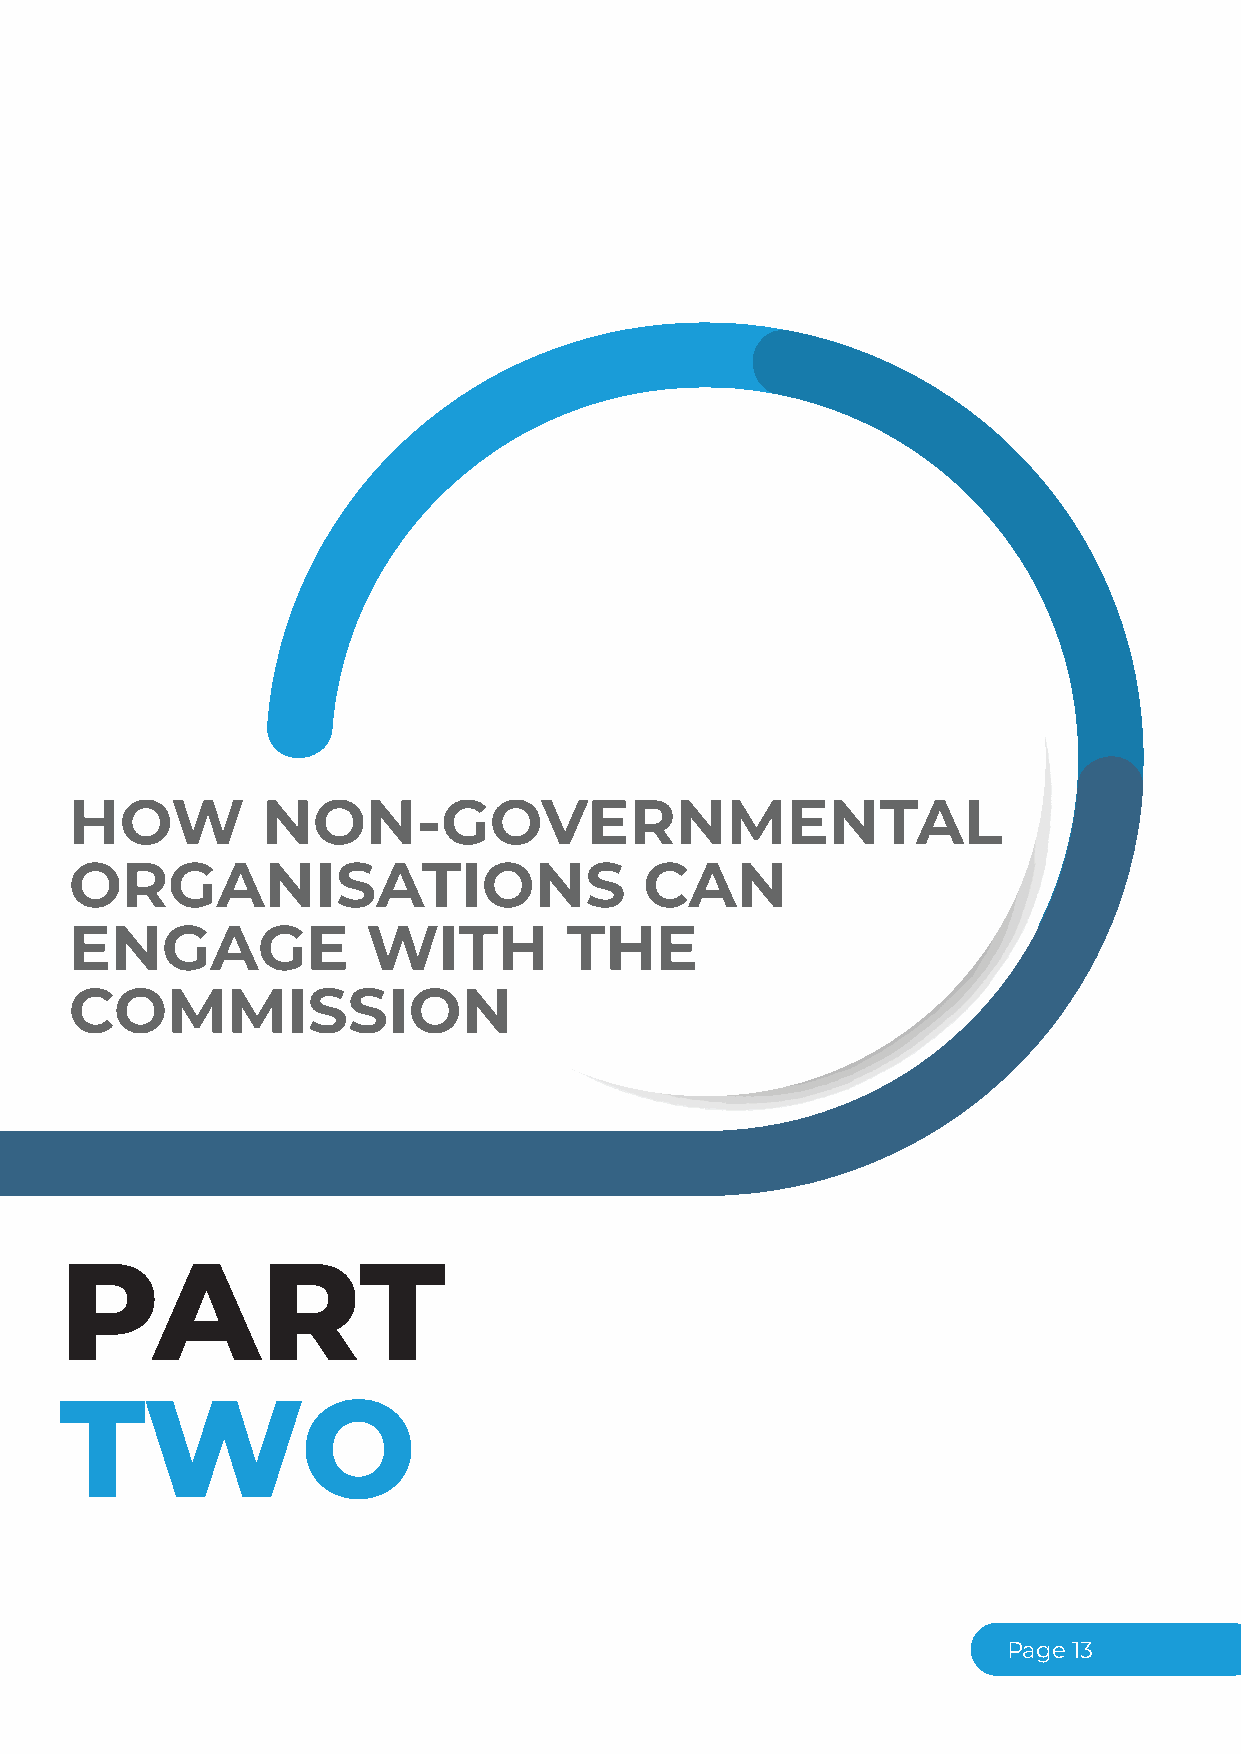
HOW         NON-GOVERNMENTAL
 ORGANISATIONS                         CAN
 ENGAGE             WITH         THE
 COMMISSION
 PART
 TWO
 Page13